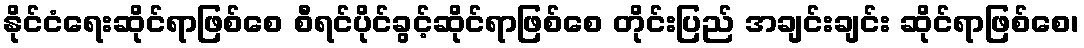
နိုင်ငံရေးဆိုင်ရာဖြစ်စေ စီရင်ပိုင်ခွင့်ဆိုင်ရာဖြစ်စေ တိုင်းပြည် အချင်းချင်း ဆိုင်ရာဖြစ်စေ၊